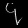
Digit: ၄